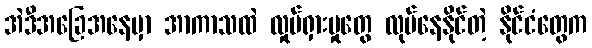
အဲဒီအခြေအနေမှာ အာကာသထဲ လှုပ်ရှားမှုတွေ လုပ်နေနိုင်တဲ့ နိုင်ငံတွေက